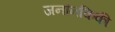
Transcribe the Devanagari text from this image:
जनांनकिकी